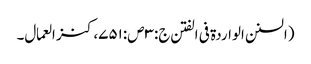
(السنن الواردة فی الفتن ج:۳ص:۷۵۱،کنز العمال۔